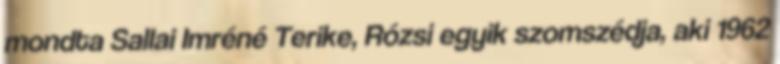
mondta Sallai Imréné Terike, Rózsi egyik szomszédja, aki 1962